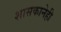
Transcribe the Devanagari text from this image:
शासकानेही